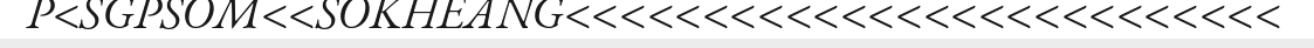
P<SGPSOM<<SOKHEANG<<<<<<<<<<<<<<<<<<<<<<<<<<